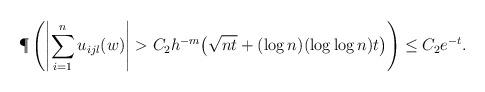
LaTeX: \begin{align*} \P\left( \left| \sum_{i=1}^n u_{i j l}(w) \right| > C_2 h^{-m} \big( \sqrt{n t} + (\log n)(\log \log n) t \big) \right) &\leq C_2 e^{-t}. \end{align*}